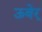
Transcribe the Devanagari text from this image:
ऊबेर्